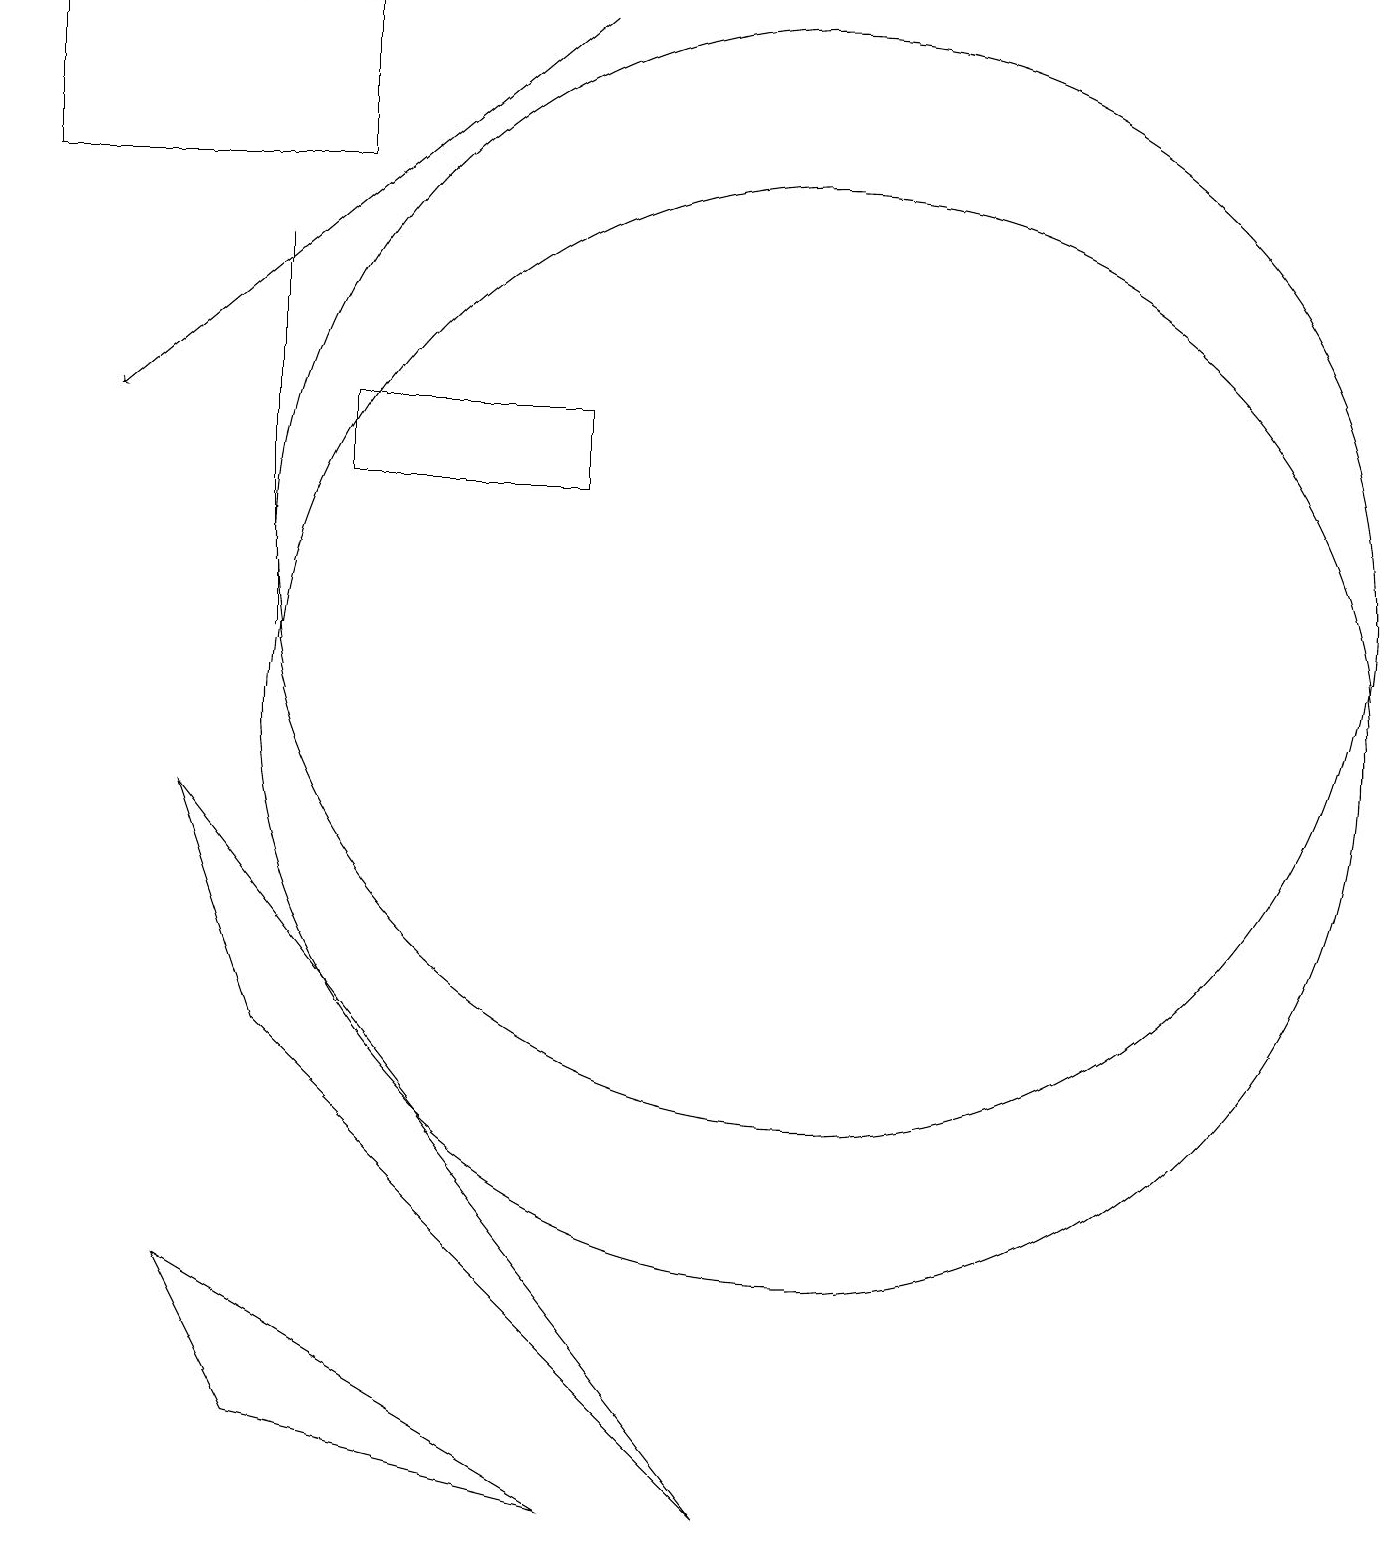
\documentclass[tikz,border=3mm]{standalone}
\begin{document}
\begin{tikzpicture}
\draw (3,1) -- (2,3) -- (7,0) -- cycle;
\draw (10,10) circle (7);
\draw (4,14) rectangle (7,13);
\draw (10,12) circle (7);
\draw (3,11) rectangle (3,16);
\draw (3,6) -- (9,0) -- (2,9) -- cycle;
\draw[->] (7,19) -- (1,14);
\draw (4,17) rectangle (0,19);
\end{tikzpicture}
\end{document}